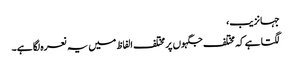
جہانزیب،
لگتا ہے کہ مختلف جگہوں پر مختلف الفاظ میں یہ نعرہ لگا ہے۔